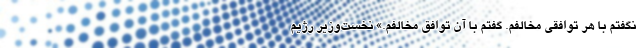
نگفتم با هر توافقی مخالفم. گفتم با آن توافق مخالفم.» نخست‌وزیر رژیم